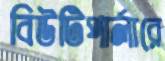
বিউটিপার্লারে